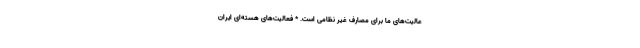
عالیت‌های ما برای مصارف غیر نظامی است. * فعالیت‌های هسته‌ای ایران